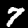
Digit: 7